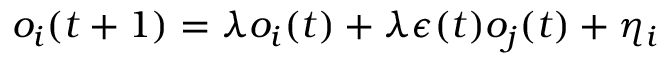
o _ { i } ( t + 1 ) = \lambda o _ { i } ( t ) + \lambda \epsilon ( t ) o _ { j } ( t ) + \eta _ { i }